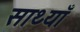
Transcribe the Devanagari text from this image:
साथ्याँ